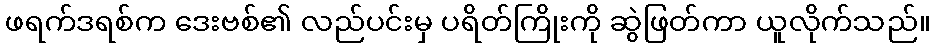
ဖရက်ဒရစ်က ဒေးဗစ်၏ လည်ပင်းမှ ပရိတ်ကြိုးကို ဆွဲဖြတ်ကာ ယူလိုက်သည်။